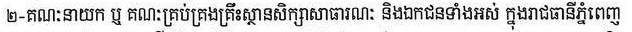
២-គណៈនាយក ឬ គណៈគ្រប់គ្រងគ្រឹះស្ថានសិក្សាសាធារណៈ និងឯកជនទាំងអស់ ក្នុងរាជធានីភ្នំពេញ